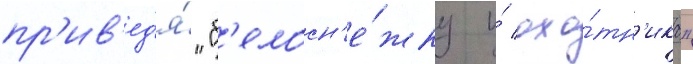
пр'ив'ед'я́ "б'елосн'е́жку и́ охо́тн'ика"